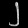
Digit: ၂